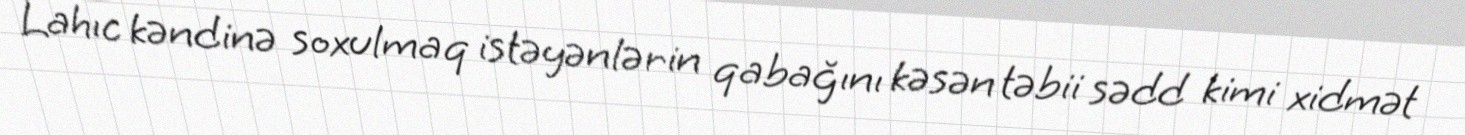
Lahıc kəndinə soxulmaq istəyənlərin qabağını kəsən təbii sədd kimi xidmət